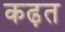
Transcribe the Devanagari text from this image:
कढ़त